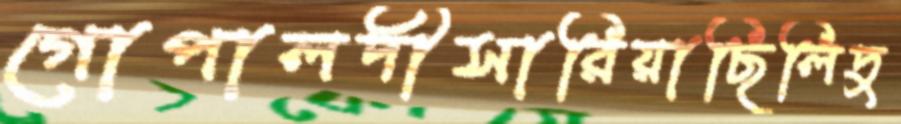
গোপালদীসারিয়াছিলিদু